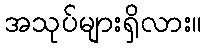
အသုပ်များရှိလား။